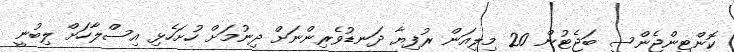
ކޮންޓިންޖެންސީ ބަޖެޓުން 20 މިލިއަން ރުފިޔާ ދަނޑުވެރިންނަށް ދިނުމަށް ހުށަހެޅި އިސްލާހަށް ލިބުނީ